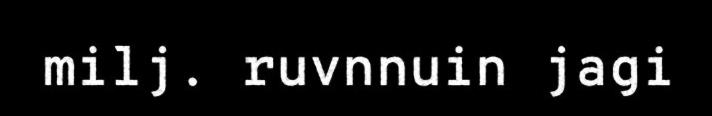
milj. ruvnnuin jagi